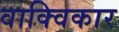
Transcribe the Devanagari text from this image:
वाक्विकार